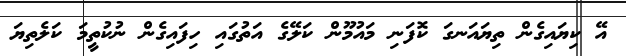
އޭ ކިޔައިގެން ތިޔައަނގަ ކޮފަނި މައުމޫން ކަލޭގެ އަތުގައި ހިފައިގެން ނުކުތީމަ ކަލެތިޔަ